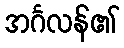
အင်္ဂလန်၏